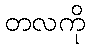
တလကို